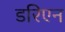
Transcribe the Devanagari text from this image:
डरिएन